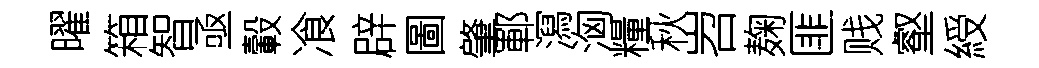
曜箱智亟轂飡辟圖肇鄆㵼洶糧秋岧麹匪贱壑綬